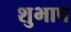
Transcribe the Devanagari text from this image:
शुभाष